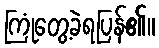
ကြုံတွေ့ခဲရပြန်၏။